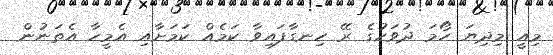
މިއީ މިދިޔަ ހޯމަ ދުވަހުގެ ރޭ ހިނގާފައިވާ ކަމެއް ކަމަށާއި އެމީހާ އެތަނުން